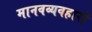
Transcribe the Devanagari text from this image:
मानवव्यवहारों